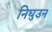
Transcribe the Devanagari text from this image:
निघुउन